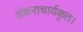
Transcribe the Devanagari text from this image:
शंकराचार्यकृत।